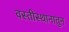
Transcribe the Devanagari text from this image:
वस्तीस्थानातून